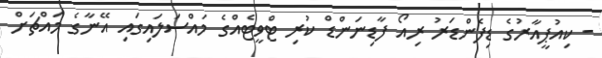
- ކިއުޕީއާރުގެ ޑިފެންޑަރު ރިއޯ ފާޑިނަންޑް ކުރި ޓްވީޓެއްގެ މައްސަލައިގައި އޭނާގެ މައްޗަށް